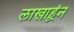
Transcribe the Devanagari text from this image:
लाखाहूंन